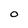
Character: O